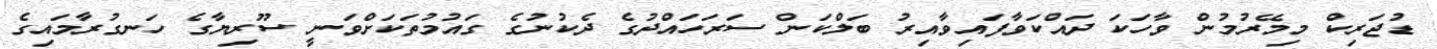
ޑުޖަރިކް މިމޭރުމުން ވާހަކަ ދައްކަވާފައިވާއިރު ބަލްކަން ސަރަހައްދުގެ ދެކުނުގެ ގައުމުތަކަށްވަނީ ސޫރިޔާގެ ހަނގުރާމައިގެ